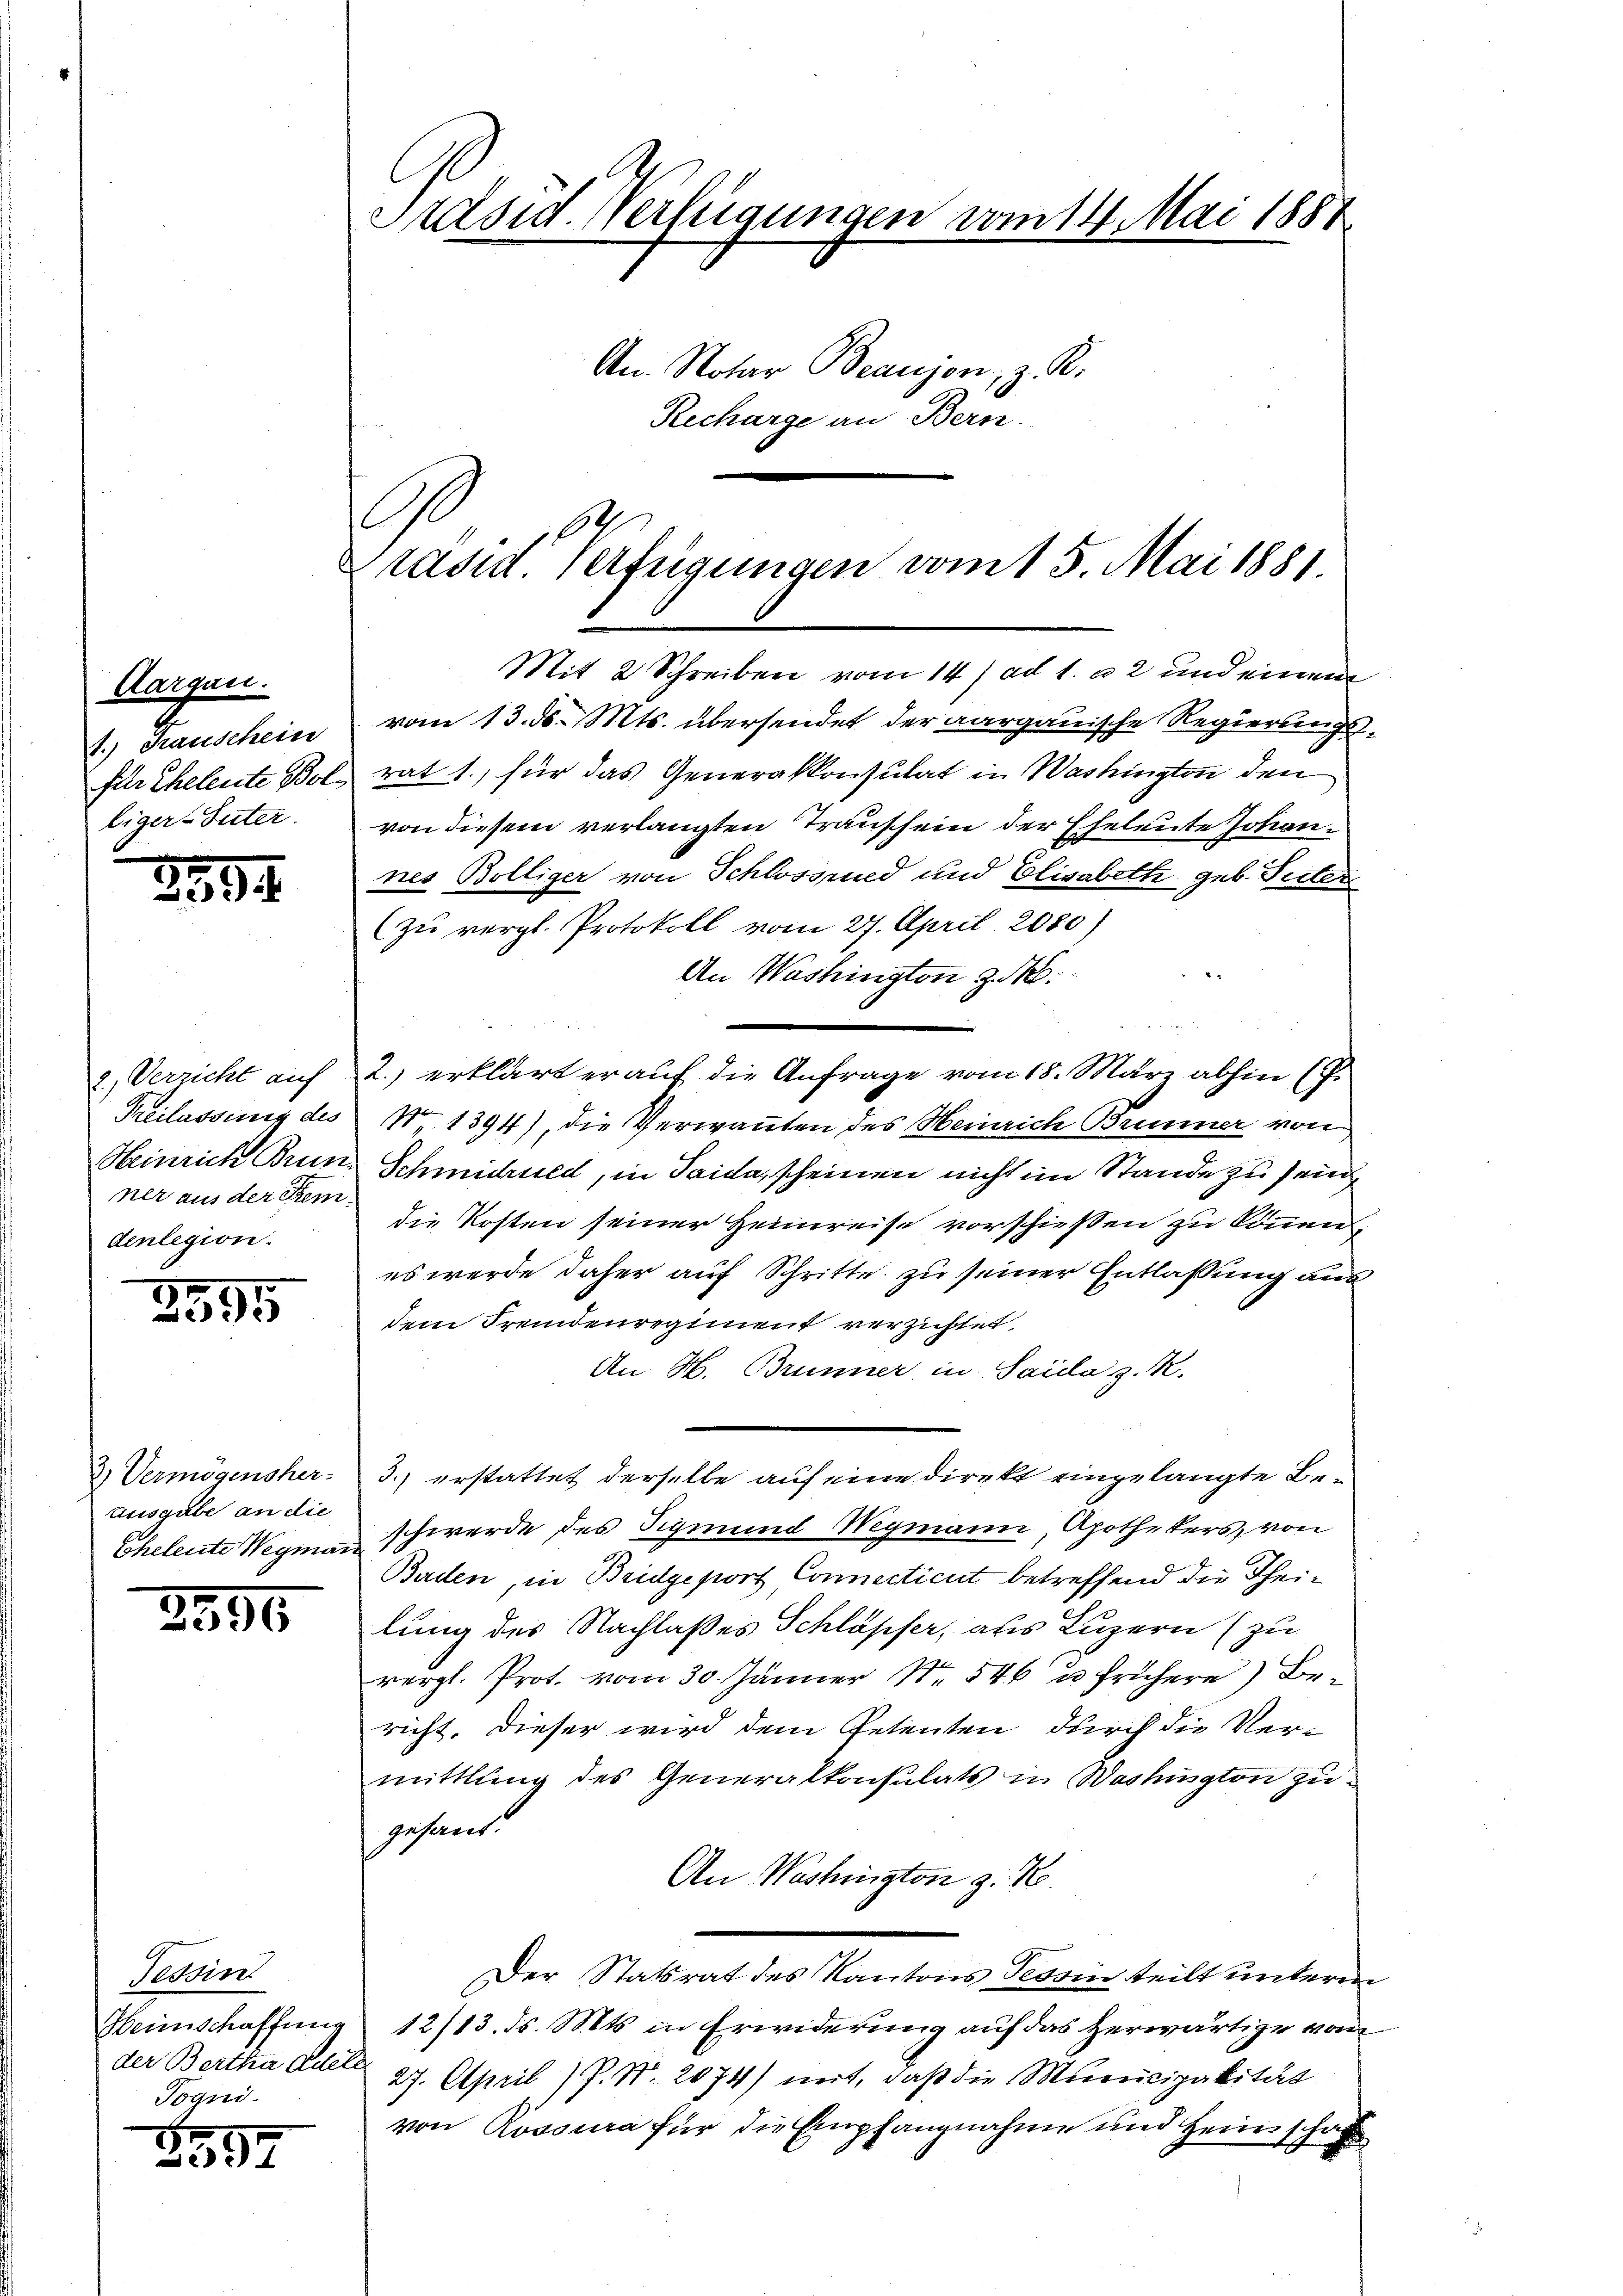
Aargau.
1.) Grauschein
für Eheleute Bol
liger-Suter.

2794.

2.) Verricht auf
Freilassung des
Heinrich Brun
ner aus der Kemdenlegion.

2595

2) Vermögensher
Eusgabe an die
Eheleute Wegmann

2996

Tessin
Heimschaffung
der Bertha Adel
Pogni

2357

Präsid. Verfügungen vom 14. Mai 1888
An Notar Beausen, z. B.
Recharge an Bern.

C

Mit 2 Schreiben vom 14. ad 1. u. 2 und einem
vom 13. ds. Mts. übersendet der aargauische Regierungsrat 1., für das Generalkonsulat in Washingten den
von diesem verlangten Traussein der Eheleute Johannes Bölliger von Schlossrued und Elisabeth geb. Inter
(zu vergl. Protokoll vom 27. April 2080.)
An Washington Z
2.) erklärt er auf die Anfrage vom 18. März abhin (
N. 1394), die Verwanten des Heinrich Brunner von
Schmidhuld, in Saida, scheinen nicht im Stande zu sein,
die Kosten seiner Heimreise vorschiessen zu können,
es werde daher auf Schritte zu seiner Entlaßung aus
dem Fremdenregiment verzichtet,
An H. Brunner in Saida z. R.
3.) erstattet derselbe auf eine direkt eingelangte Beschwerde des Sigmund Wegmann, Apothekers, von
Baden, in Bridgeport Connecticut betreffend die Theilung des Nachlaßes Schläpfer, aus Luzern (zu
vergl. Prot. vom 30. Jänner Nr. 546 u. frühere Bericht. Dieser wird dem Petenten durch die Ver-
mittlung des Generalkonsulats in Washington zu
gesant.
An Washington z. B.
Der Statsrat des Kantons Tessin teilt unterm
12/13. ds. Mts. in Erwiderung auf das herwärtige vom
27. April) P. Nr. 2074) mit, daß die Municipalität
von Rossura für die Empfangnahme und Heimschaft

s
Präsid. Verfügungen vom 15. Mai 1881.